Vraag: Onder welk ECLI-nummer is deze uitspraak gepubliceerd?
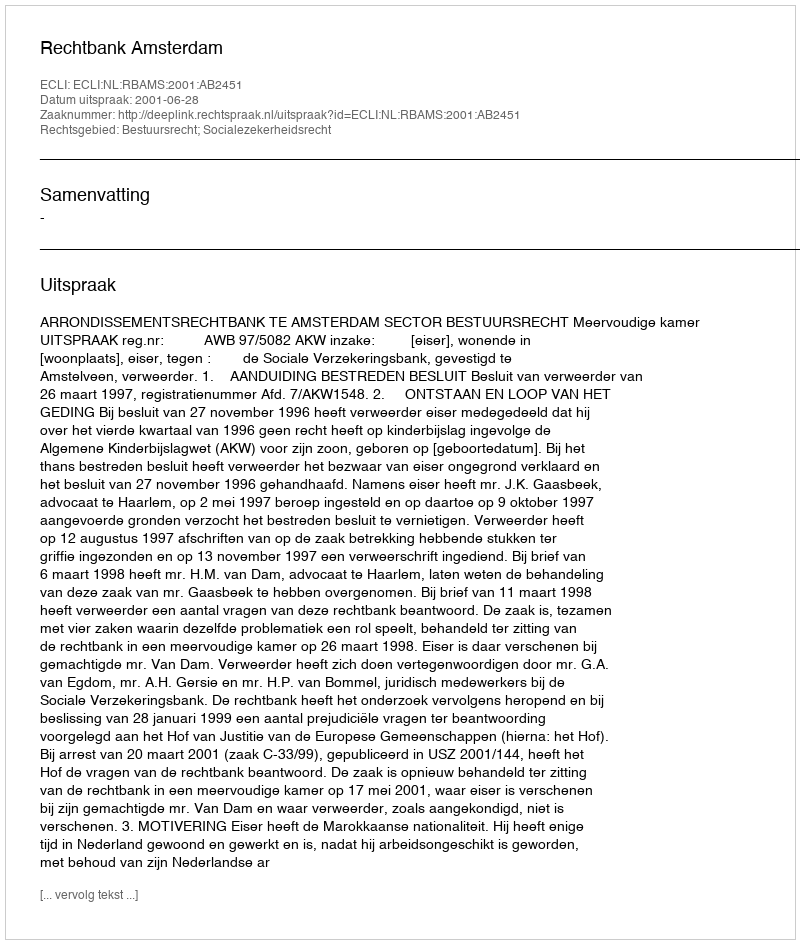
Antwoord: ECLI:NL:RBAMS:2001:AB2451